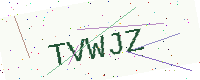
Text: TVWJZ